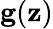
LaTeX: \textbf{g}(\textbf{z})